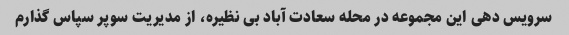
سرویس دهی این مجموعه در محله سعادت آباد بی نظیره، از مدیریت سوپر سپاس گذارم